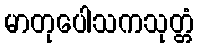
မာတုပေါသကသုတ္တံ